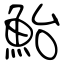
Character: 鮐